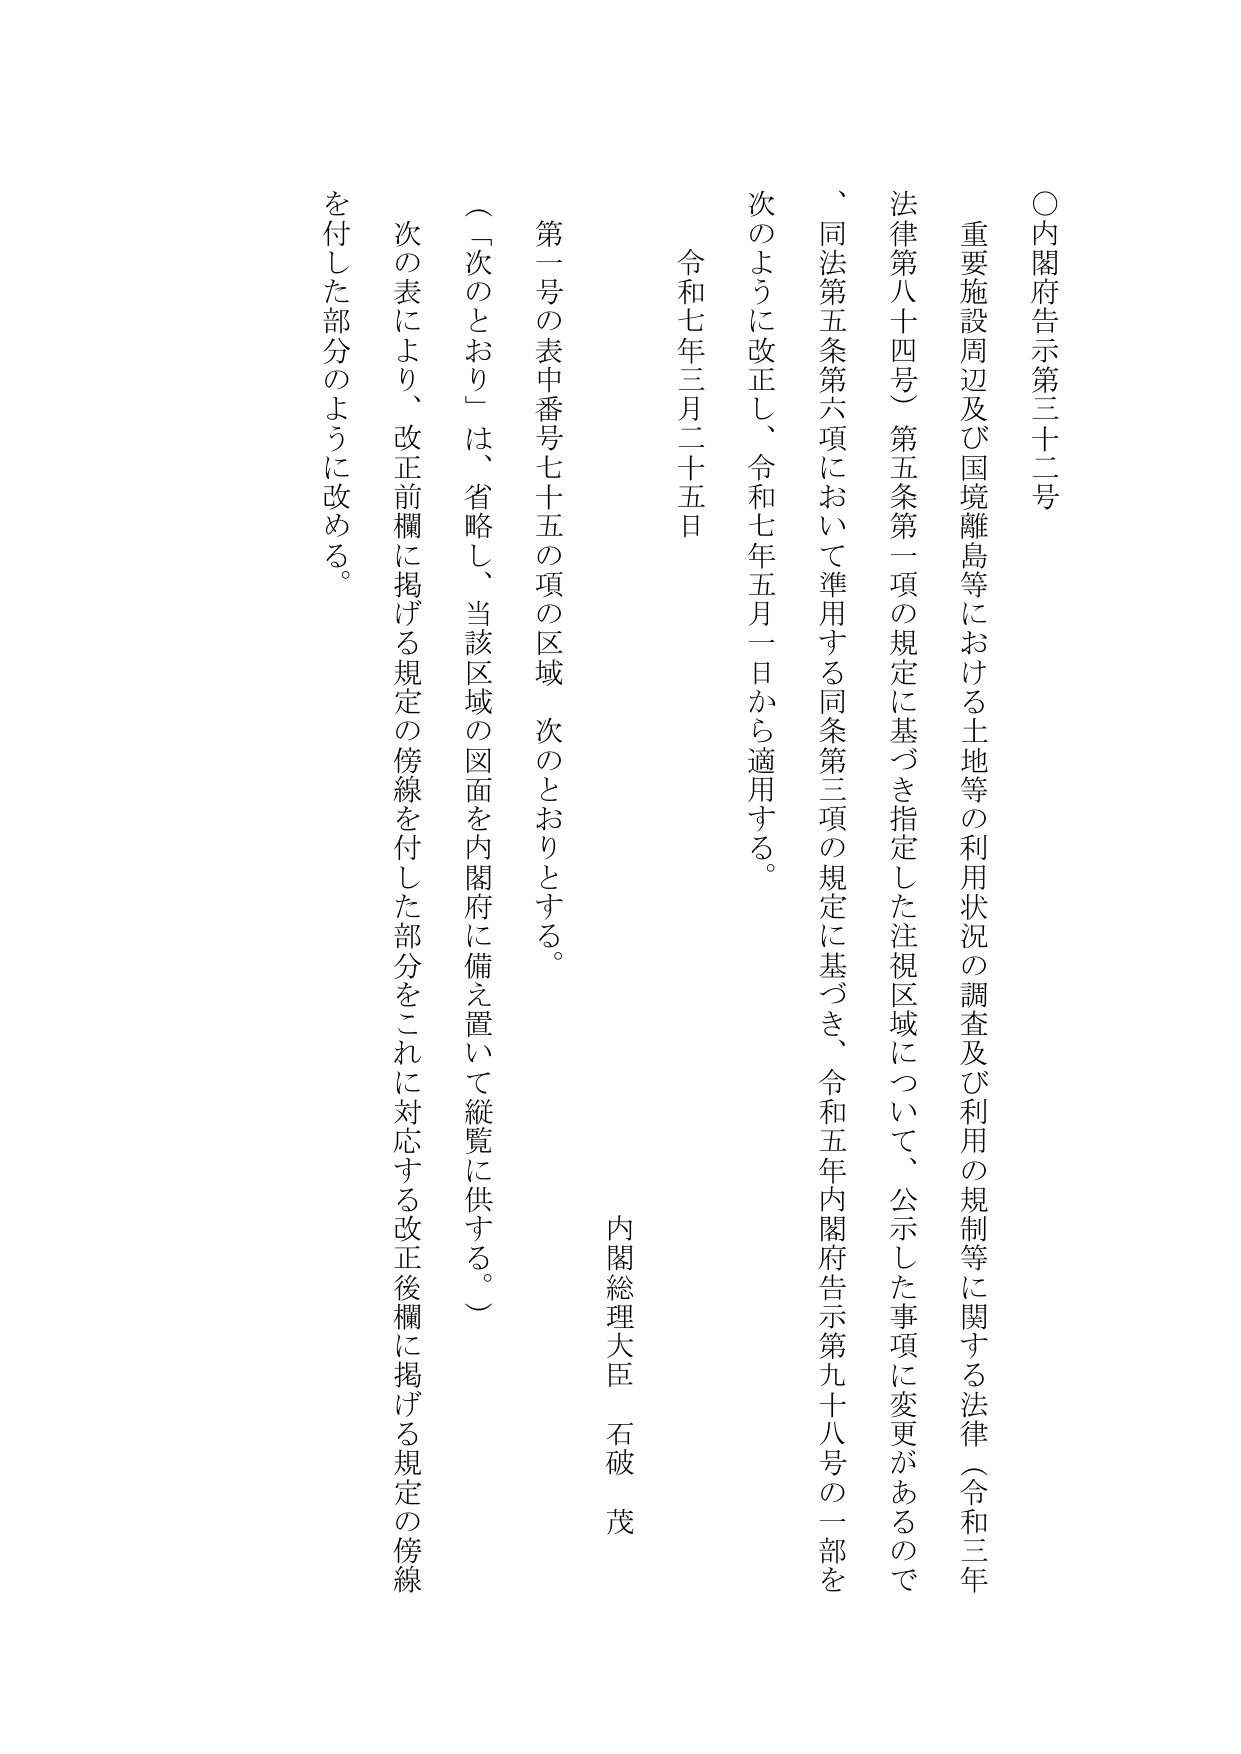
○内閣府告示第三十二号

重要施設周辺及び国境離島等における土地等の利用状況の調査及び利用の規制等に関する法律（令和三年法律第八十四号）第五条第一項の規定に基づき指定した注視区域について、公示した事項に変更があるので、同法第五条第六項において準用する同条第三項の規定に基づき、令和五年内閣府告示第九十八号の一部を次のように改正し、令和七年五月一日から適用する。

令和七年三月二十五日

内閣総理大臣 石破 茂

第一号の表中番号七十五の項の区域 次のとおりとする。

（「次のとおり」は、省略し、当該区域の図面を内閣府に備え置いて縦覧に供する。）

次の表により、改正前欄に掲げる規定の傍線を付した部分をこれに対応する改正後欄に掲げる規定の傍線を付した部分のように改める。